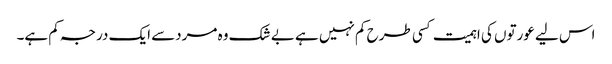
اس لیے عورتوں کی اہمیت کسی طرح کم نہیں ہے بے شک وہ مردسے ایک درجہ کم ہے۔